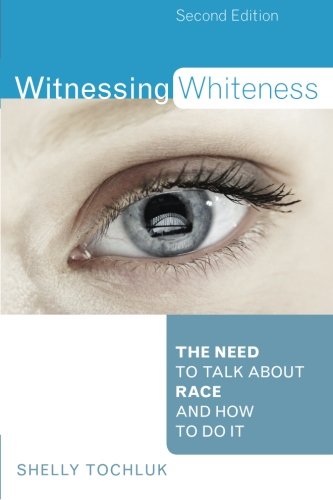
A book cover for Witnessing Whiteness: The Need to Talk About Race and How to Do It Second Edition; Shelly Tochluk; Education & Teaching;